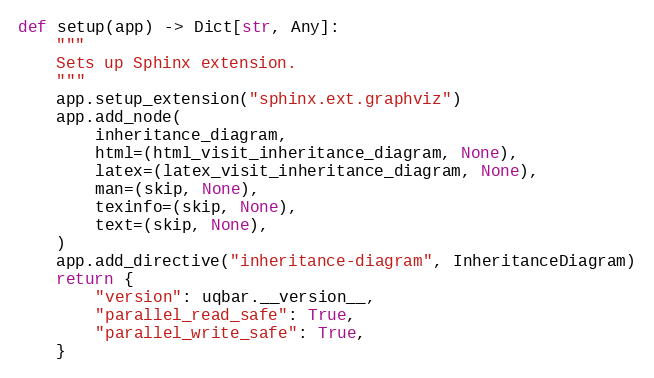
Language: Python
def setup(app) -> Dict[str, Any]:
    """
    Sets up Sphinx extension.
    """
    app.setup_extension("sphinx.ext.graphviz")
    app.add_node(
        inheritance_diagram,
        html=(html_visit_inheritance_diagram, None),
        latex=(latex_visit_inheritance_diagram, None),
        man=(skip, None),
        texinfo=(skip, None),
        text=(skip, None),
    )
    app.add_directive("inheritance-diagram", InheritanceDiagram)
    return {
        "version": uqbar.__version__,
        "parallel_read_safe": True,
        "parallel_write_safe": True,
    }